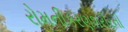
રોમનીકરણશરીરની